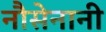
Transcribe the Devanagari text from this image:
नौसेनानी